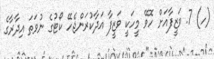
(ހ) 7. ވަޒީފާއަށް ހޮވޭ މީހަކީ ވަޒީފާ އަދާކުރަންޖެހޭ ކޯޓުގެ ނުވަތަ އިދާރާގެ